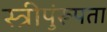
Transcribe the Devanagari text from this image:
स्त्रीपुंरूपता